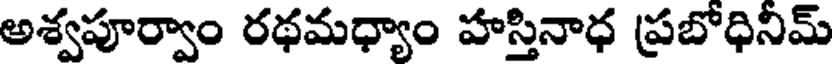
అశ్వపూర్వాం రథమధ్యాం హస్తినాధ ప్రబోధినిమ్